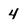
Character: 4